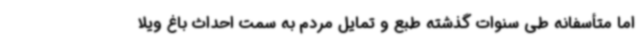
اما متأسفانه طی سنوات گذشته طبع و تمایل مردم به سمت احداث باغ ویلا